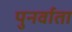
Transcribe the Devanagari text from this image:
पुनर्वाता